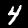
Label: 4